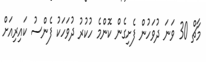
މާޗް 30 ވަނަ ދުވަހުން ފެށިގެން ކޮންމެ ހުކުރު ދުވަހަކު ފެންސު ކައިރިއަށް